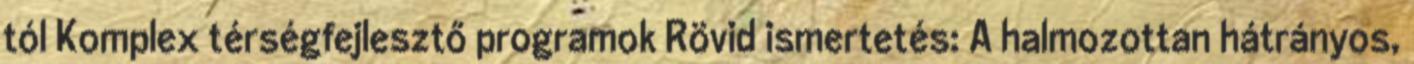
tól Komplex térségfejlesztő programok Rövid ismertetés: A halmozottan hátrányos,